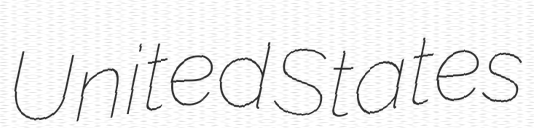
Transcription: United States